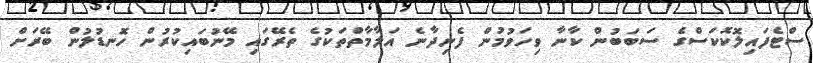
ސްޓެފައިލޮކޮކަސްގެ ސަބަބުން ކާނާ ވިހަވުމުން ފެނިދާނެ އަލާމާތްތަކުގެ ތެރޭގައި މޭނުބައިކުރުން ހޮނޑުލުން ބޭރަށް